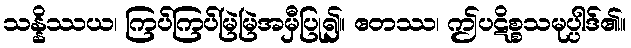
သန္နိဿယ၊ ကြပ်ကြပ်မြဲမြဲအမှီပြု၍။ ဧတဿ၊ ဤပဋိစ္စသမုပ္ပါဒ်၏။